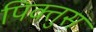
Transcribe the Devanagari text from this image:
पिक्तुस